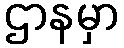
ဌာနမှာ